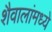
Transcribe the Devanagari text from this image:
शैवालांमध्ये